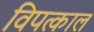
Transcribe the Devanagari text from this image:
विपत्काल